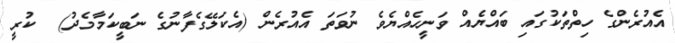
އެއުރެންގެ ހިތްތަކުގައި ބައްޔެއް ވަނީހެއްޔެވެ ނުވަތަ އެއުރެން (އެކަލޭގެފާނުގެ ނަބީކަމާމެދު)  ކުރީ